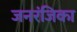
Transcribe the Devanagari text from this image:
जनरंजिका